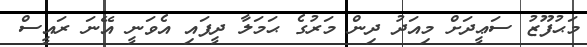
މަޙުފޫޒު ސަޢީދަށް މިއަދު ދިން މަރުގެ ޙަމަލާ ދީފައި އެވަނީ އޭނަ ރައީސް